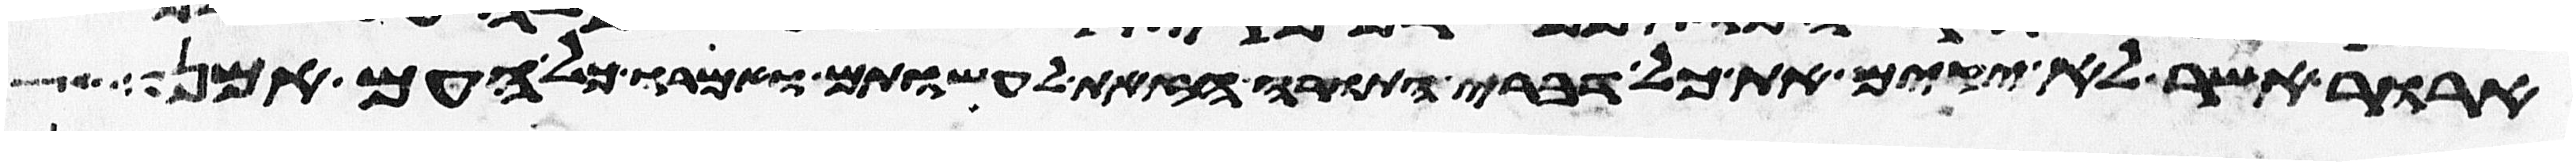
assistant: ארור אשר לא יקים את כל דברי התורה הזאת לעשותם ואמרו כל העם אמן